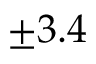
\pm 3 . 4